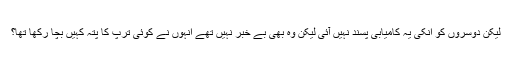
لیکن دوسروں کو انکی یہ کامیابی پسند نہیں آئی لیکن وہ بھی بے خبر نہیں تھے انہوں نے کوئی ترپ کا پتہ کہیں بچا رکھا تھا؟